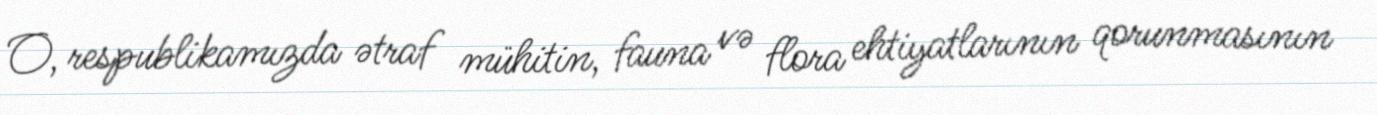
O, respublikamızda ətraf mühitin, fauna və flora ehtiyatlarının qorunmasının